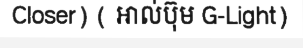
Closer) ( អាល់ប៊ុម G-Light)